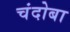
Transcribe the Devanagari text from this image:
चंदोबा